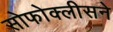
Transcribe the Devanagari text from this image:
सोफोक्लीसने